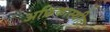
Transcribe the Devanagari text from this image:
अफ्रिकास्थीत